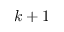
k + 1